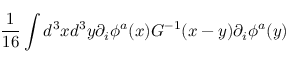
{ \frac { 1 } { 1 6 } } \int d ^ { 3 } x d ^ { 3 } y \partial _ { i } \phi ^ { a } ( x ) G ^ { - 1 } ( x - y ) \partial _ { i } \phi ^ { a } ( y )